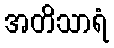
အတိသာရံ